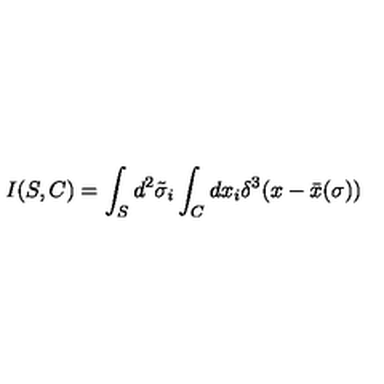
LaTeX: I ( S , C ) = \int _ { S } d ^ { 2 } \tilde { \sigma } _ { i } \int _ { C } d x _ { i } \delta ^ { 3 } ( x - \bar { x } ( \sigma ) )